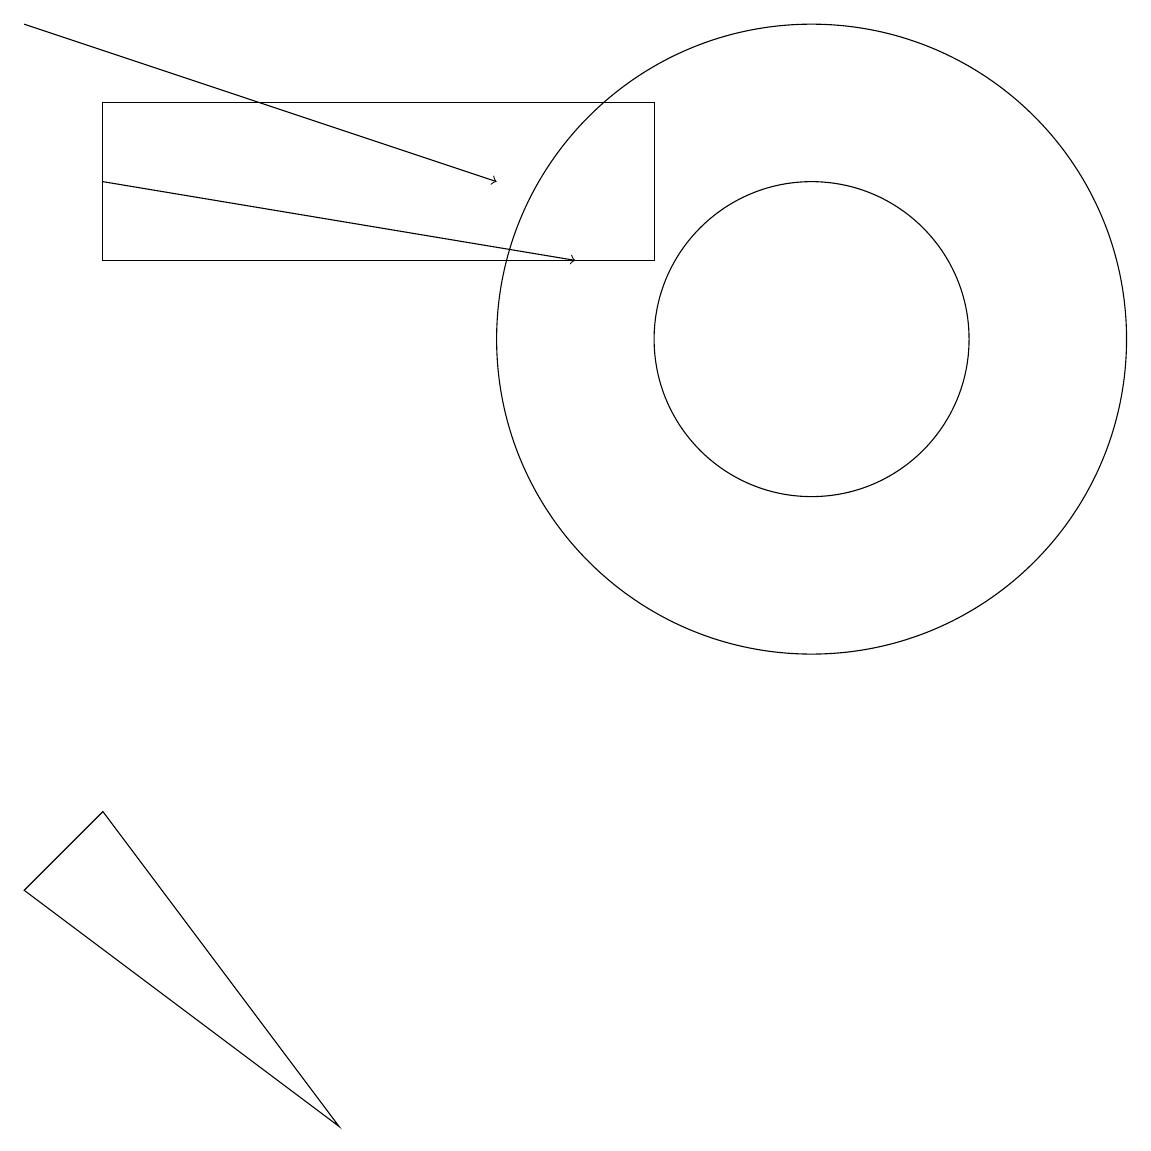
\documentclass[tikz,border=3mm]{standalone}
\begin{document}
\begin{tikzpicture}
\draw[->] (0,15) -- (6,13);
\draw (1,5) -- (4,1) -- (0,4) -- cycle;
\draw (10,11) circle (4);
\draw (1,12) rectangle (8,14);
\draw (10,11) circle (2);
\draw[->] (1,13) -- (7,12);
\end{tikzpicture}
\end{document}